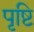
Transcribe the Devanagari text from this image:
पृष्टि